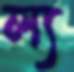
ল্য